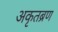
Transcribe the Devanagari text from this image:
अकृतब्रण